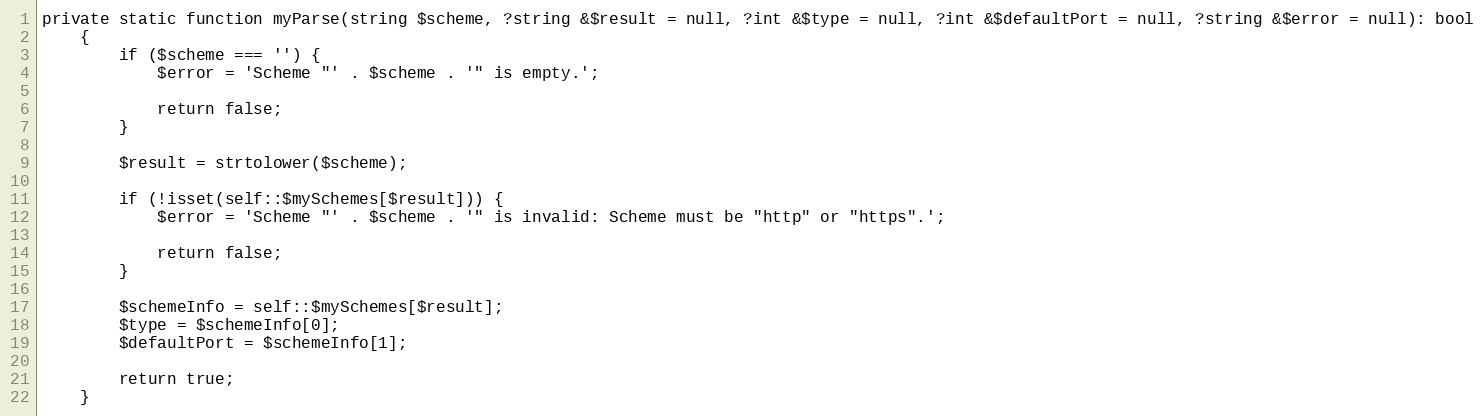
Language: PHP
private static function myParse(string $scheme, ?string &$result = null, ?int &$type = null, ?int &$defaultPort = null, ?string &$error = null): bool
    {
        if ($scheme === '') {
            $error = 'Scheme "' . $scheme . '" is empty.';

            return false;
        }

        $result = strtolower($scheme);

        if (!isset(self::$mySchemes[$result])) {
            $error = 'Scheme "' . $scheme . '" is invalid: Scheme must be "http" or "https".';

            return false;
        }

        $schemeInfo = self::$mySchemes[$result];
        $type = $schemeInfo[0];
        $defaultPort = $schemeInfo[1];

        return true;
    }